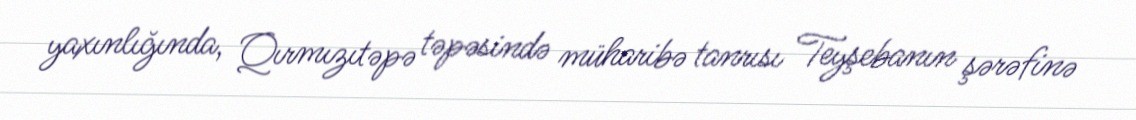
yaxınlığında, Qırmızıtəpə təpəsində müharibə tanrısı Teyşebanın şərəfinə